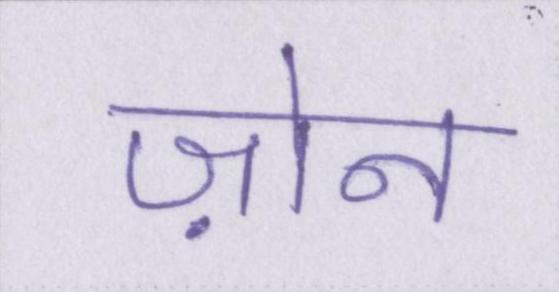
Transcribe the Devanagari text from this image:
ज़ोन